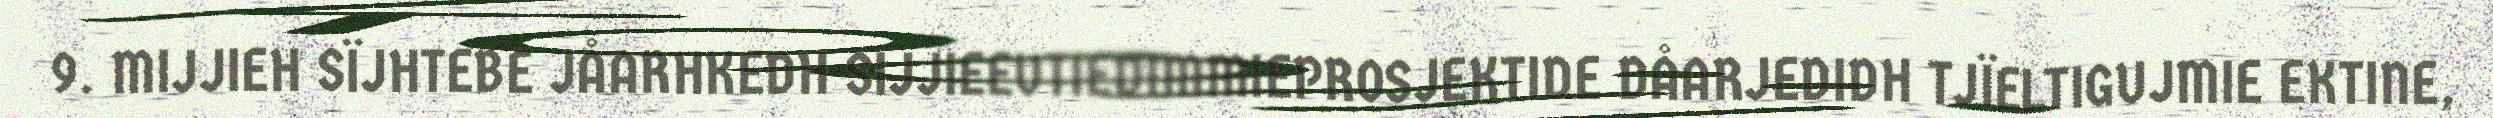
9. MIJJIEH SÏJHTEBE JÅARHKEDH SIJJIEEVTIEDIMMIEPROSJEKTIDE DÅARJEDIDH TJÏELTIGUJMIE EKTINE,